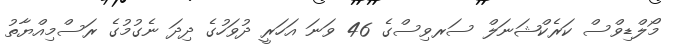
މޯލްޑިވްސް ކަރެކްޝަނަލް ސަރވިސްގެ 46 ވަނަ އަހަރީ ދުވަހުގެ ދިދަ ނެގުމުގެ ރަސްމިއްޔާތު